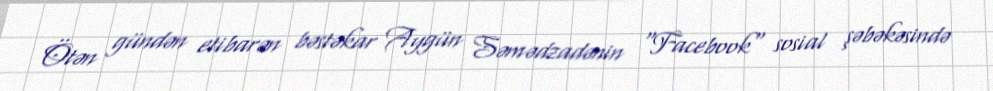
Ötən gündən etibarən bəstəkar Aygün Səmədzadənin "Facebook" sosial şəbəkəsində